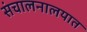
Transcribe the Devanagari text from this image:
संचालनालयात